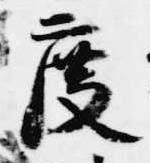
度